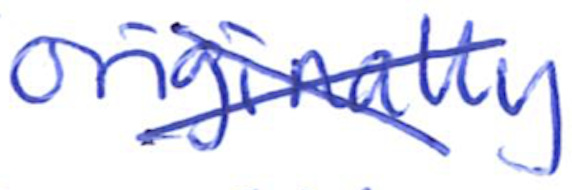
Text: originally
Cross-out: cross
Writing tool: ballpoint